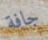
جافة